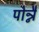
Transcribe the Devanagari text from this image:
पोन्नै